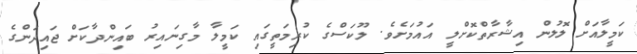
ކަމީލާއަށް ލޮލުން އިޝާރާތްކޮށްލީ އައުމަށެވެ. ލޫކަސްގެ ކުރިމަތީގައި ކަމީލާ މާގިނައިރު ބައިންދާކަށް ޖައިދަންގެ